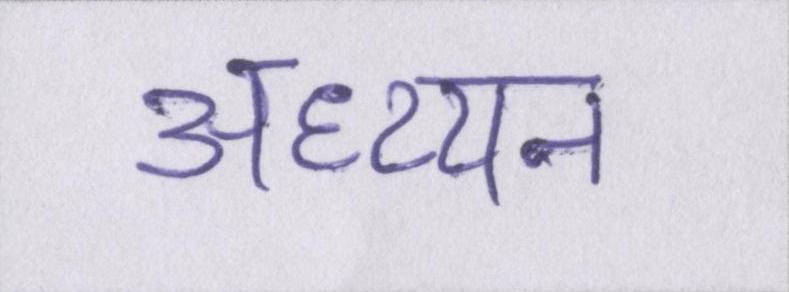
अध्य्यन